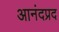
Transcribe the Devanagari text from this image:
आनंदप्रद